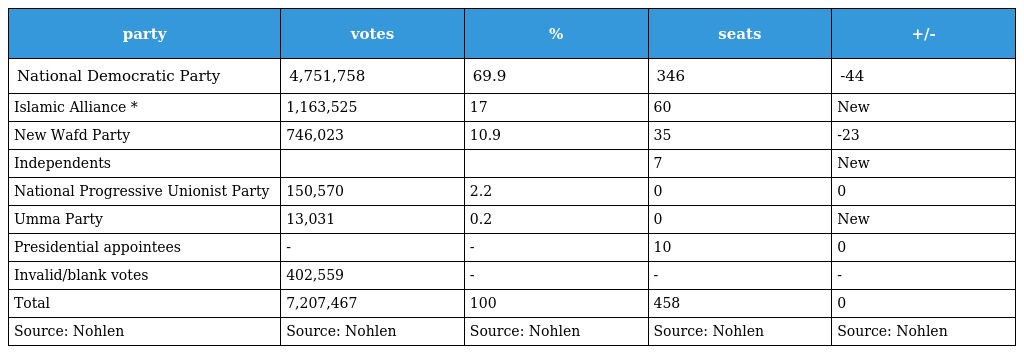
| party | votes | % | seats | +/- |
 | --- | --- | --- | --- | --- |
 | National Democratic Party | 4,751,758 | 69.9 | 346 | -44 |
 | Islamic Alliance * | 1,163,525 | 17 | 60 | New |
 | New Wafd Party | 746,023 | 10.9 | 35 | -23 |
 | Independents |  |  | 7 | New |
 | National Progressive Unionist Party | 150,570 | 2.2 | 0 | 0 |
 | Umma Party | 13,031 | 0.2 | 0 | New |
 | Presidential appointees | - | - | 10 | 0 |
 | Invalid/blank votes | 402,559 | - | - | - |
 | Total | 7,207,467 | 100 | 458 | 0 |
 | Source: Nohlen | Source: Nohlen | Source: Nohlen | Source: Nohlen | Source: Nohlen |